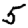
Digit: 5